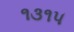
૧૩૧૫